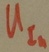
Text: UIn